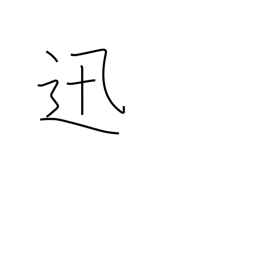
Meaning: swift